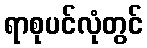
ရာစုပင်လုံတွင်